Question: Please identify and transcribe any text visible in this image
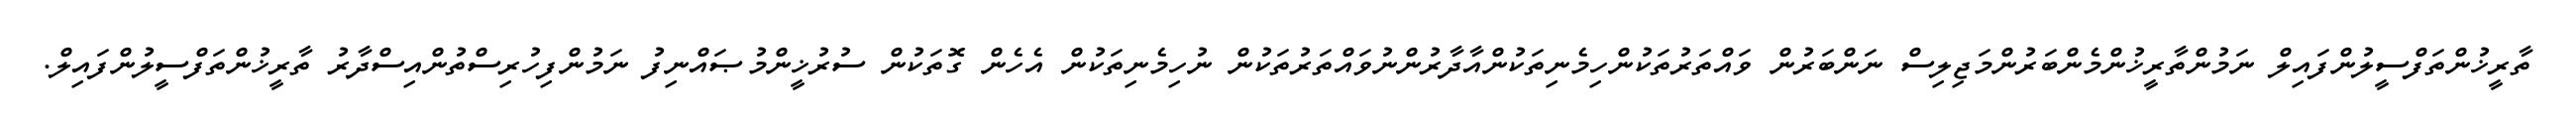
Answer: ތާރީޚުންތަފްސީލުންފައިލް ނަމުންތާރީޚުންމެންބަރުންމަޖިލިސް ނަންބަރުން ވައްތަރުތަކުންހިމެނިތަކުންއާދާރުންނުވައްތަރުތަކުން ނުހިމެނިތަކުން އެހެން ގޮތަކުން ސުރުޚީންމުޞައްނިފު ނަމުންފިހުރިސްތުންއިސްދާރު ތާރީޚުންތަފްސީލުންފައިލް.